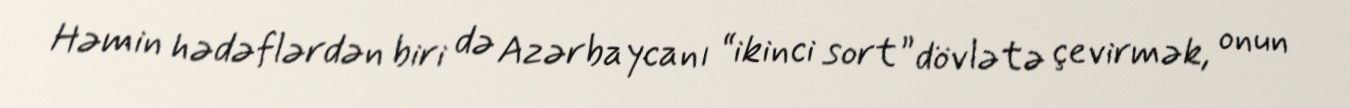
Həmin hədəflərdən biri də Azərbaycanı “ikinci sort” dövlətə çevirmək, onun